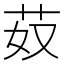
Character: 𦬻